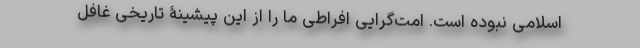
اسلامی نبوده است. امت‌گرایی افراطی ما را از این پیشینۀ تاریخی غافل